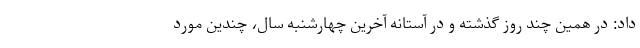
داد: در همین چند روز گذشته و در آستانه آخرین چهارشنبه سال، چندین مورد